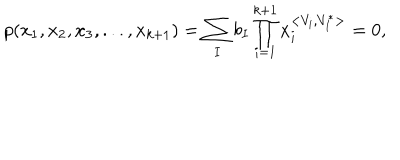
LaTeX: p ( x _ { 1 } , x _ { 2 } , x _ { 3 } , . . . , x _ { k + 1 } ) = \sum _ { I } b _ { I } \prod _ { i = 1 } ^ { k + 1 } x _ { i } ^ { < { V } _ { i } , { V } _ { I } ^ { \ast } > } = 0 ,